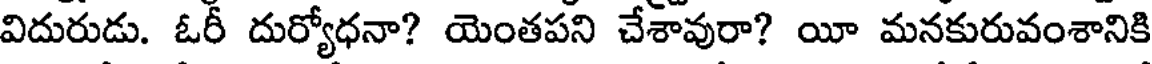
విదురుడు. ఓరీ దుర్యోధనా? యెంతపని చేశావురా? యీ మనకురువంశానికి